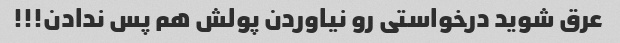
عرق شوید درخواستی رو نیاوردن پولش هم پس ندادن!!!